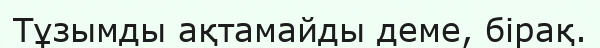
Тұзымды ақтамайды деме, бірақ.